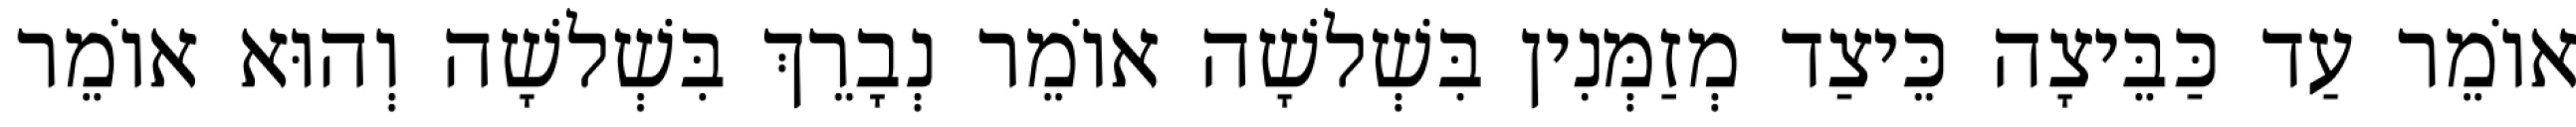
אוֹמֵר עַד כַּבֵּיצָה כֵּיצַד מְזַמְּנִין בִּשְׁלשָׁה אוֹמֵר נְבָרֵךְ בִּשְׁלשָׁה וְהוּא אוֹמֵר